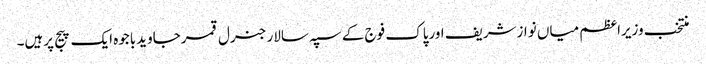
منتخب وزیراعظم میاں نوازشریف اورپاک فوج کے سپہ سالار جنرل قمرجاویدباجوہ ایک پیج پرہیں۔